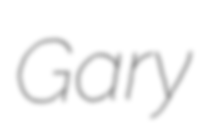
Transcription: Gary